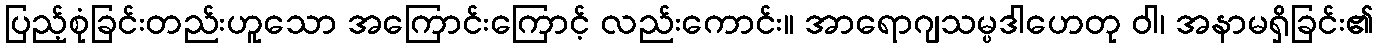
ပြည့်စုံခြင်းတည်းဟူသော အကြောင်းကြောင့် လည်းကောင်း။ အာရောဂျသမ္ပဒါဟေတု ဝါ၊ အနာမရှိခြင်း၏